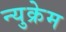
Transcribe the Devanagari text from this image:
न्युक्रेम